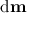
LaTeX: \mathrm { d } \mathbf { m }